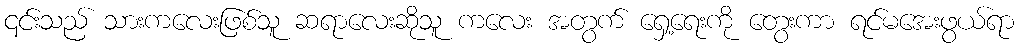
၎င်းသည် သားကလေးဖြစ်သူ ဆရာလေးဆိုသူ ကလေး အတွက် ရှေ့ရေးကို တွေးကာ ရင်မအေးဖွယ်ရာ